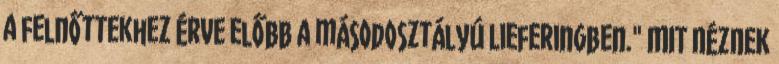
a felnőttekhez érve előbb a másodosztályú Lieferingben." MIT NÉZNEK